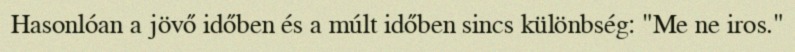
Hasonlóan a jövő időben és a múlt időben sincs különbség: "Me ne iros."